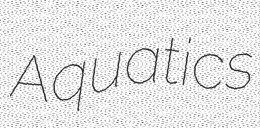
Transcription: Aquatics